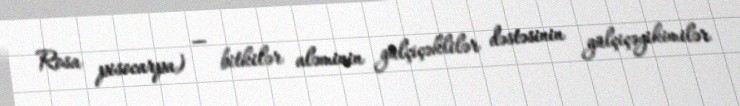
Rosa pisocarpa) — bitkilər aləminin gülçiçəklilər dəstəsinin gülçiçəyikimilər